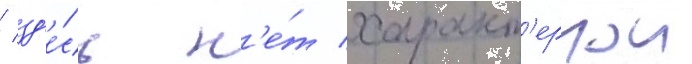
/ зд'е́сь н'е́т характ'ернои